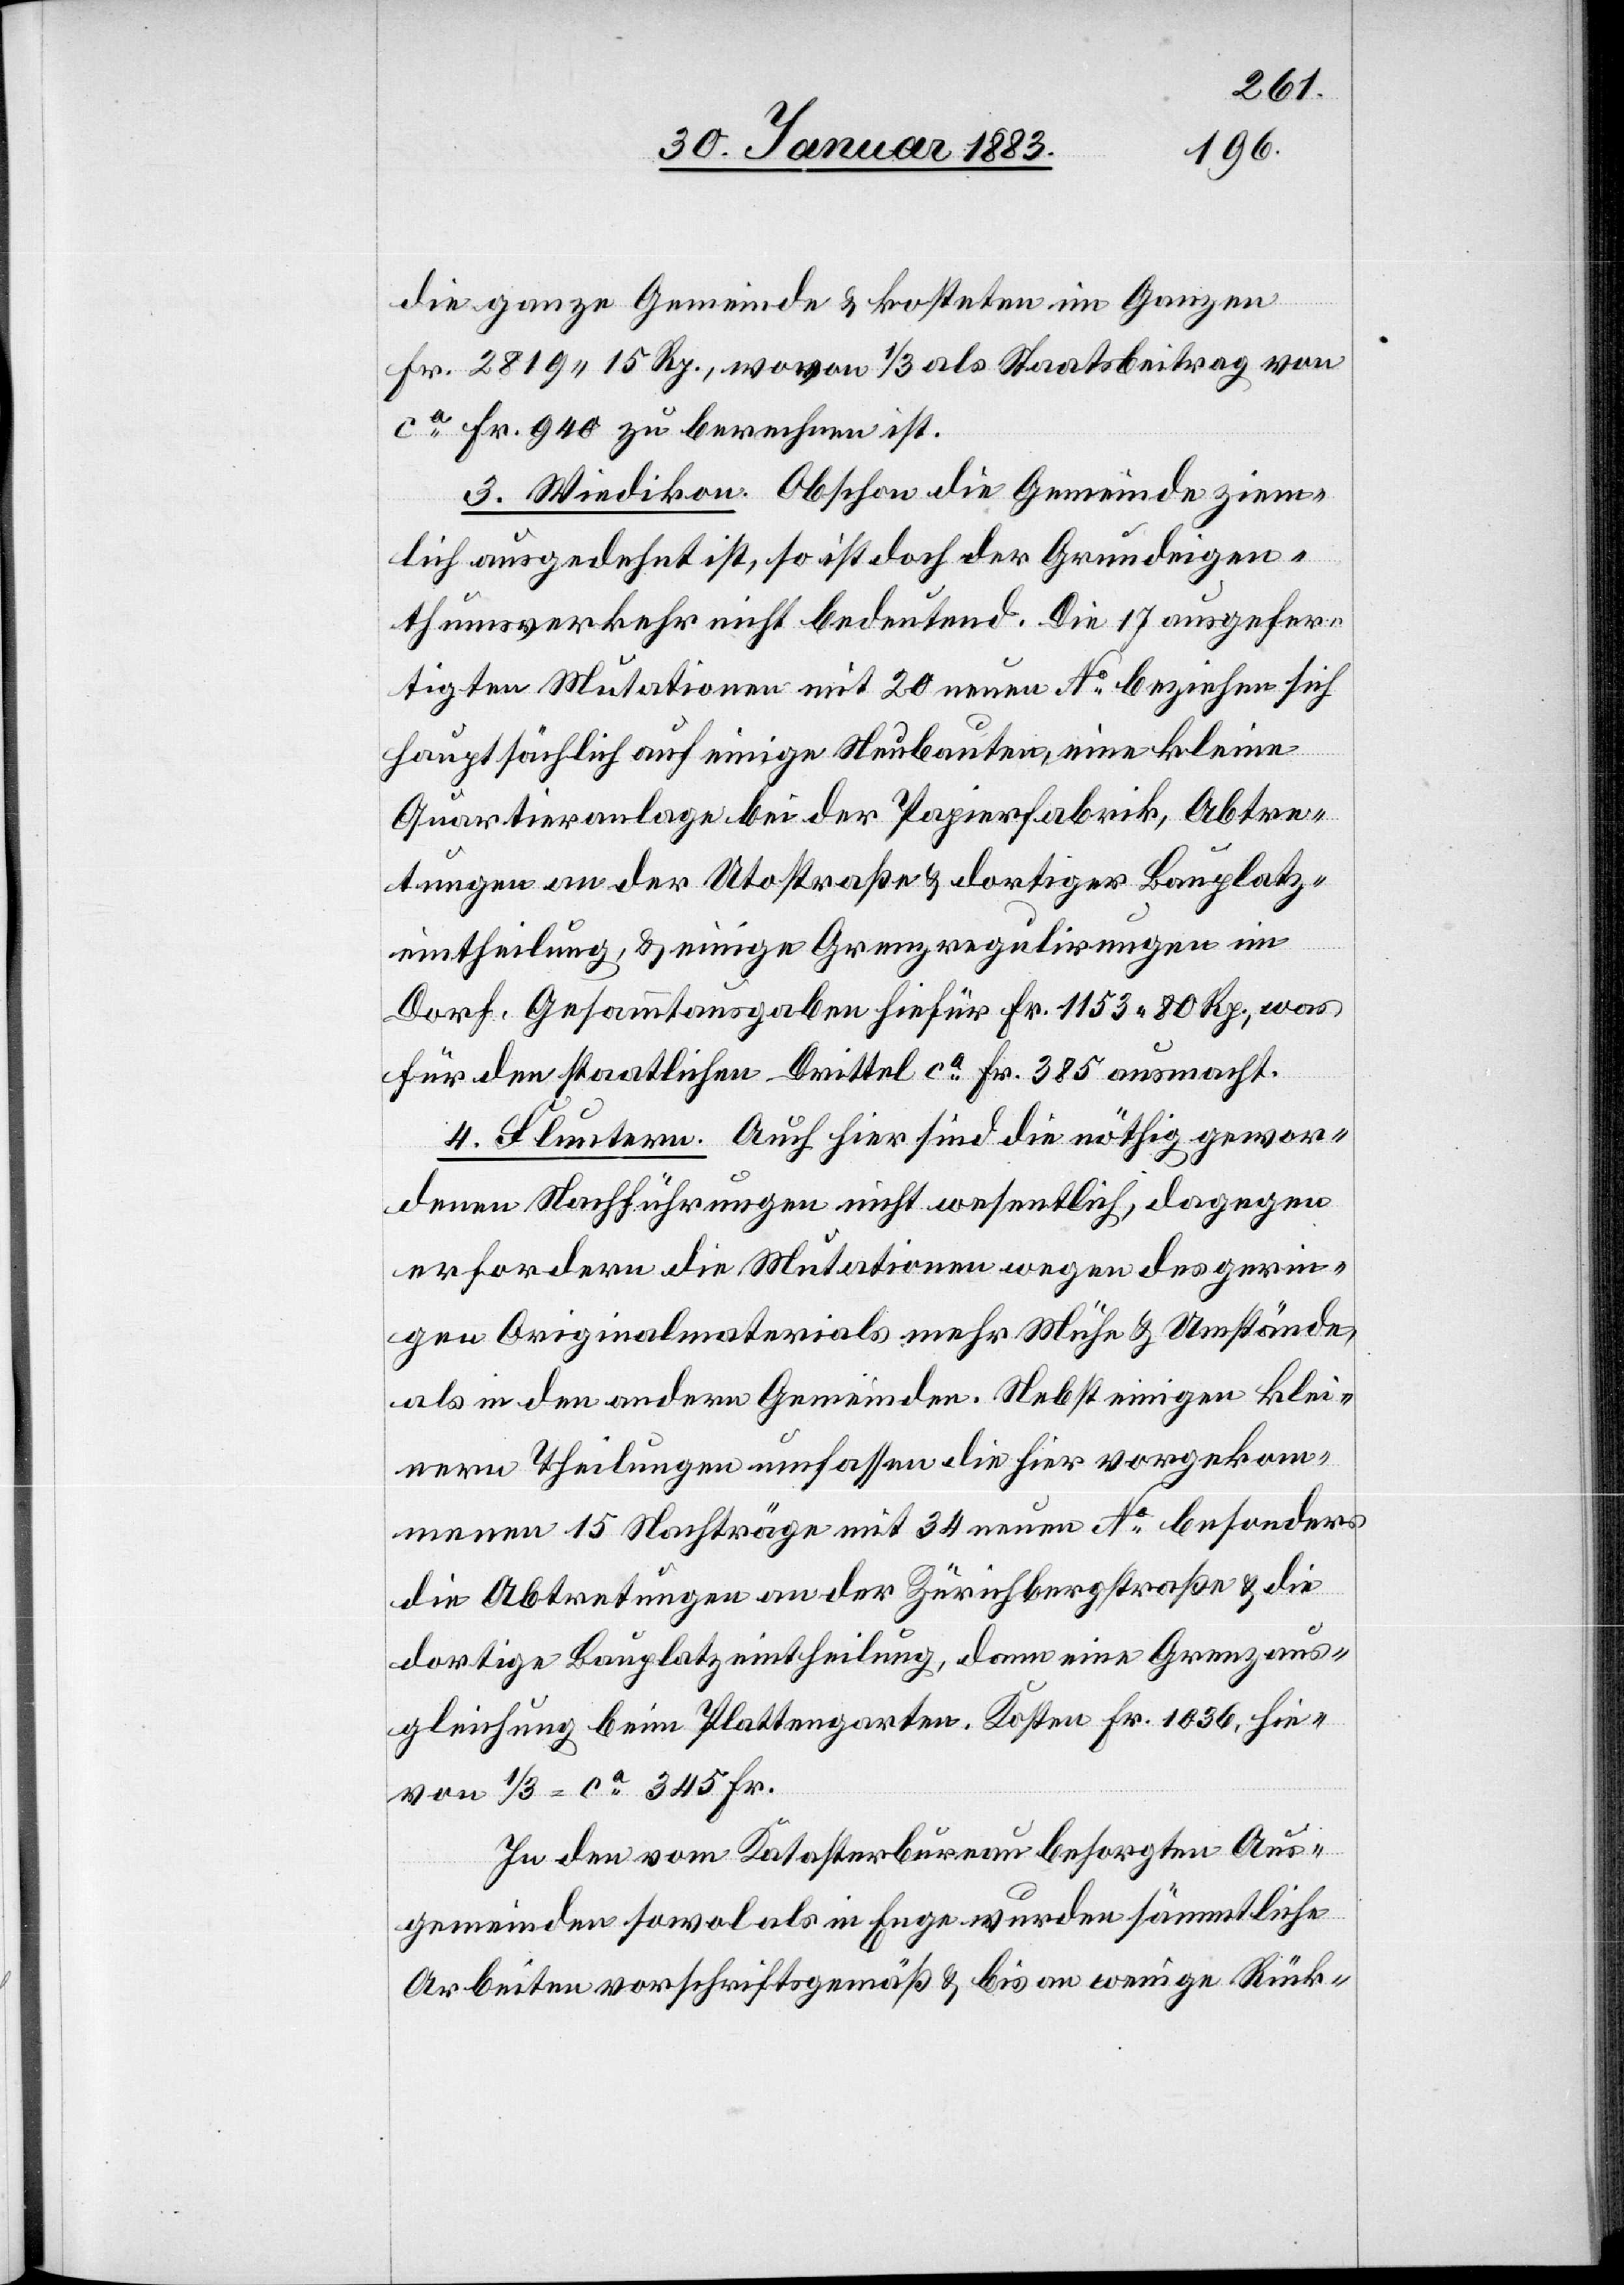
die ganze Gemeinde & kosteten im Ganzen
Fr. 2819 15 Rp., wovon 1/3 als Staatsbeitrag von
ca Fr. 940 zu berechnen ist.
3. Wiedikon. Obschon die Gemeinde ziem¬
lich ausgedehnt ist, so ist doch der Grundeigen¬
thumsverkehr nicht bedeutend. Die 17 ausgefer¬
tigten Mutationen mit 20 neuen No beziehen sich
hauptsächlich auf einige Neubauten, eine kleine
Quartieranlage bei der Papierfabrik, Abtre¬
tungen an der Utostraße & dortiger Bauplatz¬
eintheilung, & einige Grenzregulirungen im
Dorf. Gesammtausgaben hiefür Fr. 1153 80 Rp., was
für den staatlichen Drittel ca Fr. 385 ausmacht.
4. Fluntern. Auch hier sind die nöthig gewor¬
denen Nachführungen nicht wesentlich, dagegen
erfordern die Mutationen wegen des gerin¬
gen Originalmaterials mehr Mühe & Umstände,
als in den andern Gemeinden. Nebst einigen klei¬
nern Theilungen umfassen die hier vorgekom¬
menen 15 Nachträge mit 34 neuen No besonders
die Abtretungen an der Zürichbergstraße & die
dortige Bauplatzeintheilung, dann eine Grenzaus¬
gleichung beim Plattengarten. Kosten Fr. 1036, hie¬
von 1/3 = ca 345 Fr.
In den vom Katasterbureau besorgten Aus¬
gemeinden sowol als in Enge wurden sämmtliche
Arbeiten vorschriftsgemäß & bis an wenige Rück-